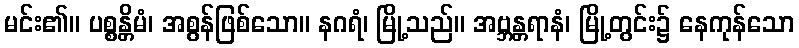
မင်း၏။ ပစ္စန္တိမံ၊ အစွန်ဖြစ်သော။ နဂရံ၊ မြို့သည်။ အဗ္ဘန္တရာနံ၊ မြို့တွင်း၌ နေကုန်သော